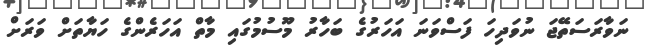
ނަވާރަސަތޭޖަ ނުވަދިހަ ފަސްވަނަ އަހަރުގެ ބަހާރު މޫސުމުގައި މާތް އަހަރެންގެ ހަޔާތަށް ވަރަށް